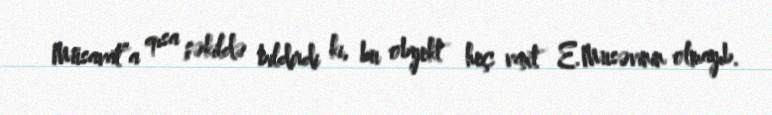
Müsavat”a qısa şəkildə bildirdi ki, bu obyekt heç vaxt E.Musəvinin olmayıb.